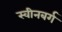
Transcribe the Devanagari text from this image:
स्वीनबर्ग